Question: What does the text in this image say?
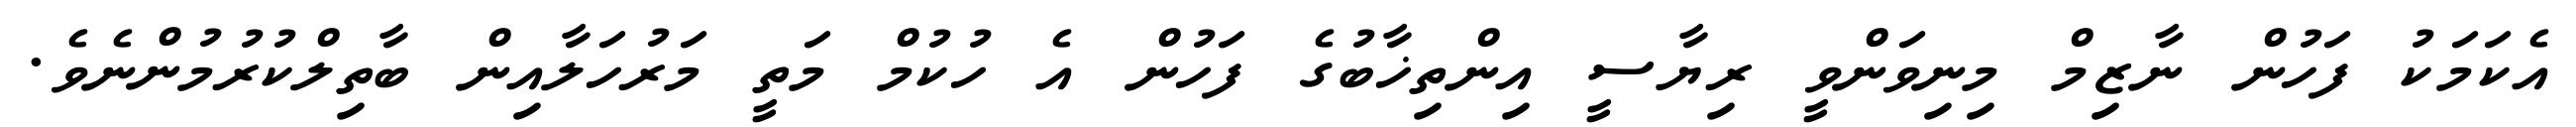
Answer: އެކަމަކު ފަހުން ނާޒިމް މިނިވަންވީ ރިޔާސީ އިންތިޚާބުގެ ފަހުން އެ ހުކުމް މަތީ މަރުހަލާއިން ބާތިލްކުރުމުންނެވެ.